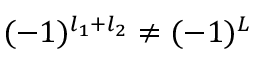
( - 1 ) ^ { l _ { 1 } + l _ { 2 } } \neq ( - 1 ) ^ { L }